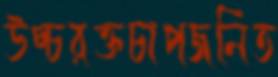
উচ্চরক্তচাপজনিত